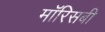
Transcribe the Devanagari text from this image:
मॉरिसबी